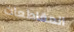
المقاطعات